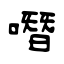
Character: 噆